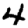
Digit: 4